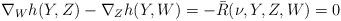
LaTeX: \begin{align*}\nabla_Wh(Y,Z)-\nabla_Zh(Y,W)=-\bar{R}(\nu,Y,Z,W)=0\end{align*}